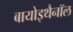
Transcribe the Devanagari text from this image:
बायोइथैनॉल